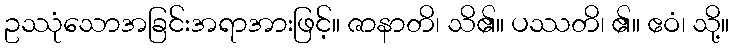
ဥဿုံသောအခြင်းအရာအားဖြင့်။ ဇာနာတိ၊ သိ၏။ ပဿတိ၊ ၏။ ဧဝံ၊ သို့။